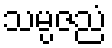
သမ္ပဇညံ